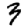
Digit: 3